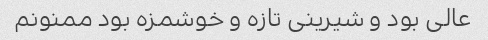
عالی بود و شیرینی تازه و خوشمزه بود ممنونم